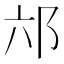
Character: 𮟮